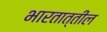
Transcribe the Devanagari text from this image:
भारतात्तील